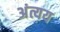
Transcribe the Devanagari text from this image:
अंत्यय